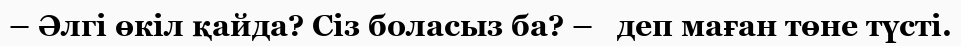
– Әлгі өкіл қайда? Сіз боласыз ба? –   деп маған төне түсті.